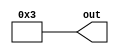
module THREE_4bit( output [3:0] out );
  assign out = 4'b0011;
endmodule